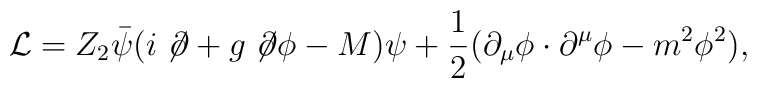
{\cal L}=Z_2\bar{\psi}(i \not \!\partial + g \not \!\partial \phi - M)\psi+\frac{1}{2}(\partial_{\mu}\phi \cdot \partial^{\mu} \phi - m^2\phi^2),